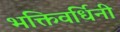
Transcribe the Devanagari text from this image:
भक्तिवर्धिनी